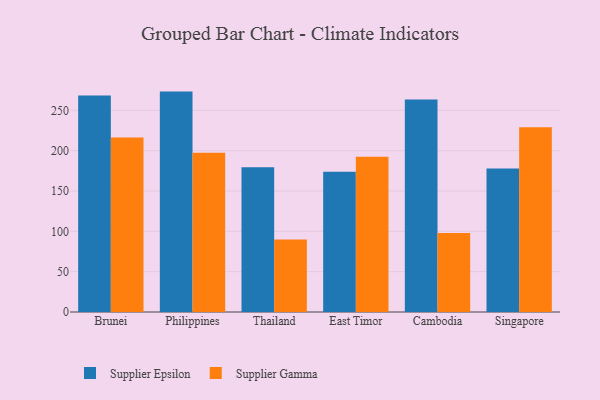
{"axis": {"x": "Country", "y": "Shipments"}, "legend": ["Supplier Epsilon", "Supplier Gamma"], "data": [{"x": "Brunei", "y": 268.5, "type": "Supplier Epsilon"}, {"x": "Brunei", "y": 216.3, "type": "Supplier Gamma"}, {"x": "Philippines", "y": 273.2, "type": "Supplier Epsilon"}, {"x": "Philippines", "y": 197.4, "type": "Supplier Gamma"}, {"x": "Thailand", "y": 179.3, "type": "Supplier Epsilon"}, {"x": "Thailand", "y": 89.9, "type": "Supplier Gamma"}, {"x": "East Timor", "y": 173.9, "type": "Supplier Epsilon"}, {"x": "East Timor", "y": 192.3, "type": "Supplier Gamma"}, {"x": "Cambodia", "y": 263.4, "type": "Supplier Epsilon"}, {"x": "Cambodia", "y": 97.8, "type": "Supplier Gamma"}, {"x": "Singapore", "y": 178.0, "type": "Supplier Epsilon"}, {"x": "Singapore", "y": 229.1, "type": "Supplier Gamma"}]}